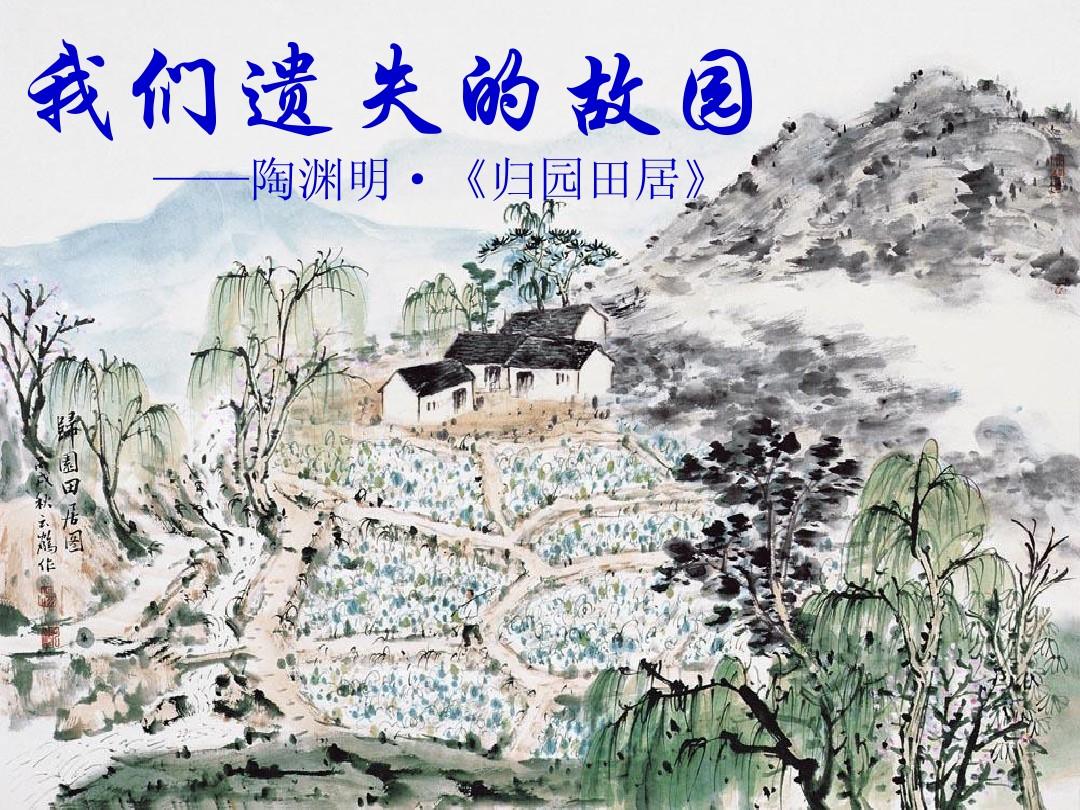
山荒聊可田，钱镈还易办。